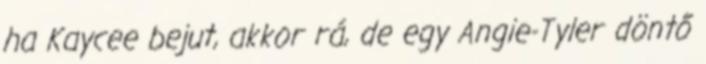
ha Kaycee bejut, akkor rá, de egy Angie-Tyler döntő